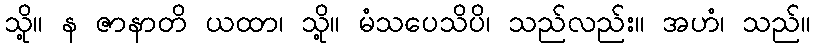
သို့။ န ဇာနာတိ ယထာ၊ သို့။ မံသပေသိပိ၊ သည်လည်း။ အဟံ၊ သည်။